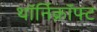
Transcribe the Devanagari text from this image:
थॉर्निक्रॉफ्ट